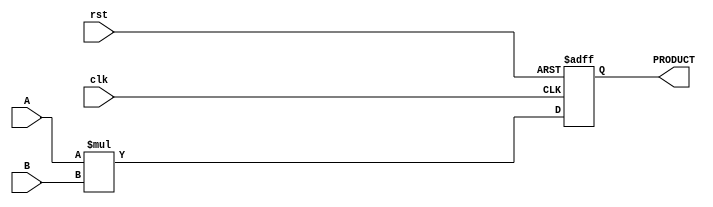
module parameterized_multiplier #(
    parameter WIDTH_A = 8,      // Bit-width of input A
    parameter WIDTH_B = 8,      // Bit-width of input B
    parameter WIDTH_OUT = WIDTH_A + WIDTH_B // Bit-width of output PRODUCT
)(
    input  wire [WIDTH_A-1:0] A,  // Input operand A
    input  wire [WIDTH_B-1:0] B,  // Input operand B
    input  wire clk,               // Clock signal
    input  wire rst,               // Reset signal
    output reg  [WIDTH_OUT-1:0] PRODUCT // Output product
);

    // Behavioral description of multiplication
    always @(posedge clk or posedge rst) begin
        if (rst) begin
            PRODUCT <= 0; // Initialize output to 0 on reset
        end else begin
            PRODUCT <= A * B; // Perform multiplication
        end
    end

endmodule